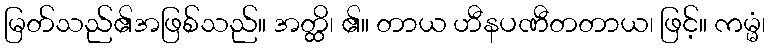
မြတ်သည်၏အဖြစ်သည်။ အတ္ထိ၊ ၏။ တာယ ဟီနပဏီတတာယ၊ ဖြင့်။ ကမ္မံ၊